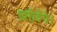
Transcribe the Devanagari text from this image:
ख़रीदेंगे।